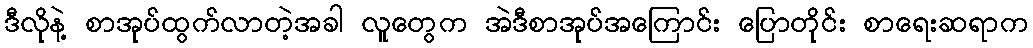
ဒီလိုနဲ့ စာအုပ်ထွက်လာတဲ့အခါ လူတွေက အဲဒီစာအုပ်အကြောင်း ပြောတိုင်း စာရေးဆရာက